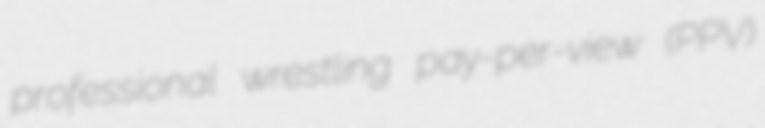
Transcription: professional wrestling pay-per-view (PPV)